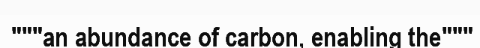
"""an abundance of carbon, enabling the"""